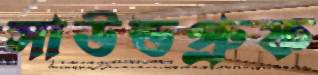
সাউন্ডপ্রুফ